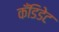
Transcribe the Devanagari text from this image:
कँडिडेट